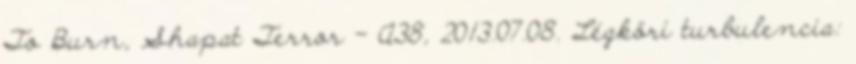
To Burn, Shapat Terror – A38, 2013.07.08. Légköri turbulencia: